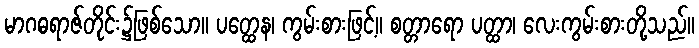
မာဂဓရာဇ်တိုင်း၌ဖြစ်သော။ ပတ္ထေန၊ ကွမ်းစားဖြင့်။ စတ္တာရော ပတ္ထာ၊ လေးကွမ်းစားတို့သည်။